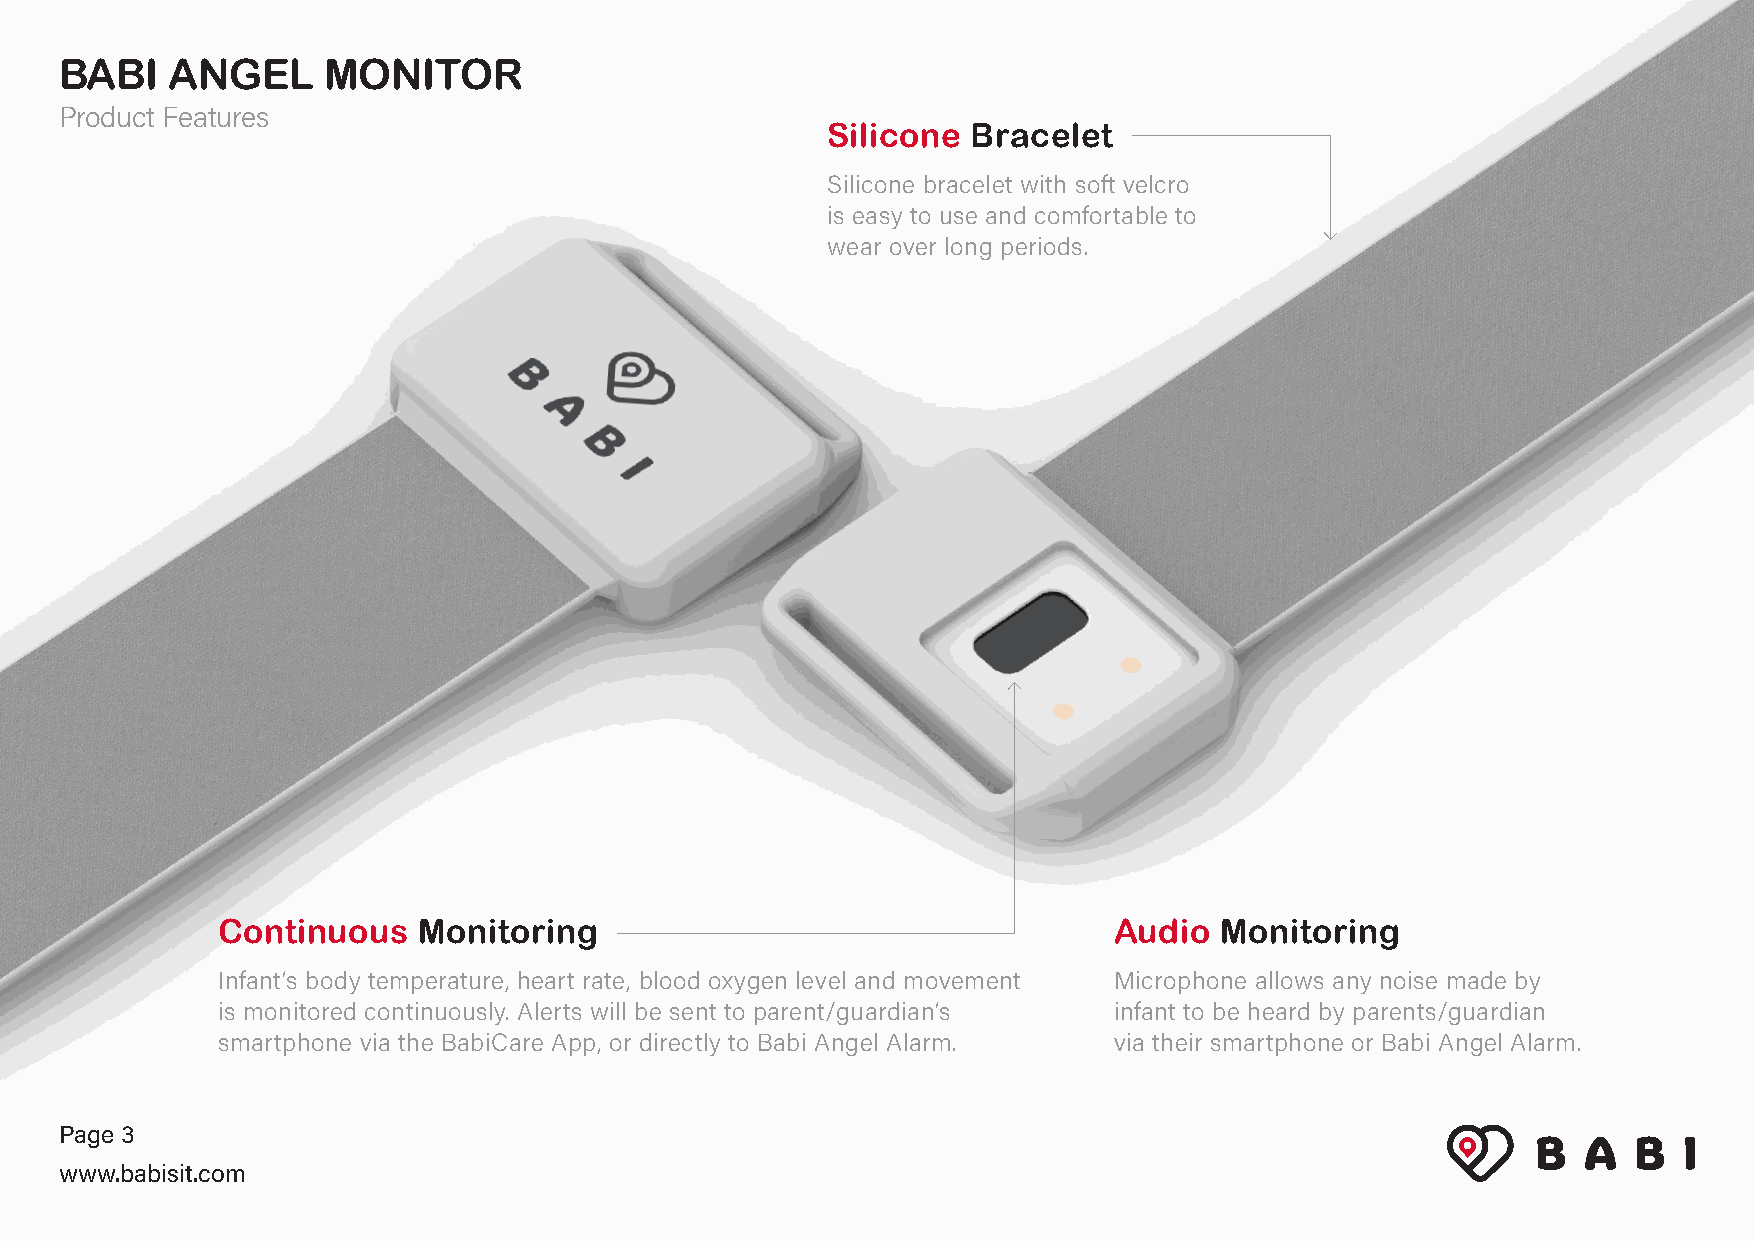
BABI   ANGEL     MONITOR
 Product Features
 Silicone Bracelet
 Silicone bracelet with soft velcro
 is easy to use and comfortable to
 wear over long periods.
 Continuous    Monitoring                                    Audio  Monitoring
 Infant’s body temperature, heart rate, blood oxygen level and movement Microphone allows any noise made by
 is monitored continuously. Alerts will be sent to parent/guardian’s infant to be heard by parents/guardian
 smartphone via the BabiCare App, or directly to Babi Angel Alarm. via their smartphone or Babi Angel Alarm.
 Page 3
 www.babisit.com